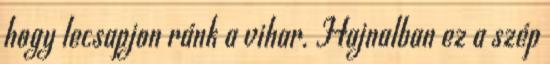
hogy lecsapjon ránk a vihar. Hajnalban ez a szép